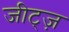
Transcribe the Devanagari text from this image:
जीट्ज़